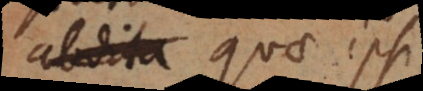
abdita quae ipsi